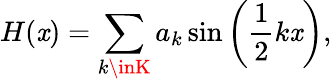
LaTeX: H(\mathit{x})=\sum_{k\inK}a_{k}\sin\left(\frac{{1}}{{2}}k\mathit{x}\right),